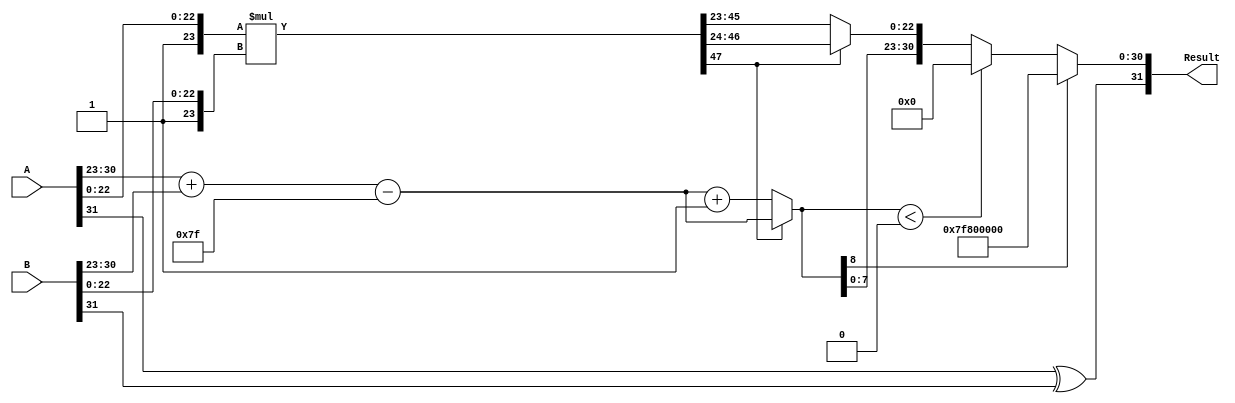
module floating_point_multiplier (
    input  wire [31:0] A, // First floating-point operand
    input  wire [31:0] B, // Second floating-point operand
    output reg  [31:0] Result // Result of multiplication
);

    // Constants
    localparam BIAS = 8'd127;

    // Internal signals
    wire sign_A = A[31];
    wire sign_B = B[31];
    wire [7:0] exponent_A = A[30:23];
    wire [7:0] exponent_B = B[30:23];
    wire [22:0] mantissa_A = A[22:0];
    wire [22:0] mantissa_B = B[22:0];

    wire [23:0] mantissa_A_norm = {1'b1, mantissa_A}; // Normalize A
    wire [23:0] mantissa_B_norm = {1'b1, mantissa_B}; // Normalize B

    wire [47:0] mantissa_product = mantissa_A_norm * mantissa_B_norm; // 24-bit * 24-bit = 48-bit product

    // Sign result
    wire sign_result = sign_A ^ sign_B;

    // Exponent result
    wire [8:0] exponent_sum = {1'b0, exponent_A} + {1'b0, exponent_B} - BIAS; // Add exponents and subtract bias
    reg [7:0] exponent_result;

    // Mantissa normalization
    reg [23:0] mantissa_result;
    reg [8:0] exponent_adjusted;
    
    always @(*) begin
        // Default values
        exponent_result = 8'b0;
        mantissa_result = 24'b0;
        exponent_adjusted = exponent_sum;

        // Check for normalization
        if (mantissa_product[47]) begin
            // Already normalized
            mantissa_result = mantissa_product[46:24]; // Keep the top 23 bits
        end else begin
            // Need to normalize
            mantissa_result = mantissa_product[45:23]; // Shift right
            exponent_adjusted = exponent_sum + 1; // Increment exponent
        end
        
        // Handle overflow and underflow
        if (exponent_adjusted[8]) begin
            // Overflow case
            Result = {sign_result, 8'b11111111, 23'b0}; // Infinity
        end else if (exponent_adjusted < 9'b0) begin
            // Underflow case
            Result = {sign_result, 8'b0, 23'b0}; // Zero
        end else begin
            // Normal case
            exponent_result = exponent_adjusted[7:0];
            Result = {sign_result, exponent_result, mantissa_result[22:0]};
        end
    end

endmodule